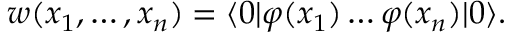
w ( x _ { 1 } , \ldots , x _ { n } ) = \langle 0 | \varphi ( x _ { 1 } ) \ldots \varphi ( x _ { n } ) | 0 \rangle .